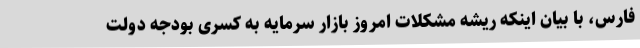
فارس، با بیان اینکه ریشه مشکلات امروز بازار سرمایه به کسری بودجه دولت